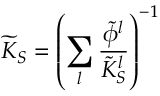
\widetilde { K } _ { S } = \left( \sum _ { l } \frac { \tilde { \phi } ^ { l } } { \tilde { K } _ { S } ^ { l } } \right) ^ { - 1 }